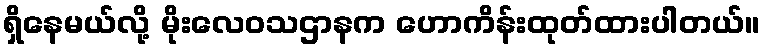
ရှိနေမယ်လို့ မိုးလေဝသဌာနက ဟောကိန်းထုတ်ထားပါတယ်။